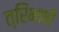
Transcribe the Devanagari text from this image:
त्रिंभाषी